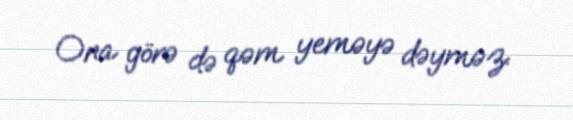
Ona görə də qəm yeməyə dəyməz.